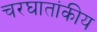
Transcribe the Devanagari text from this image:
चरघातांकीय